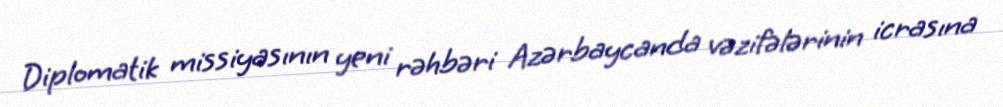
Diplomatik missiyasının yeni rəhbəri Azərbaycanda vəzifələrinin icrasına